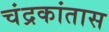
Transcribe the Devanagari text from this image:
चंद्रकांतास